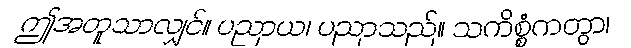
ဤအတူသာလျှင်။ ပညာယ၊ ပညာသည်။ သကိစ္စံကတွာ၊